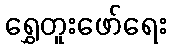
ရွှေတူးဖော်ရေး